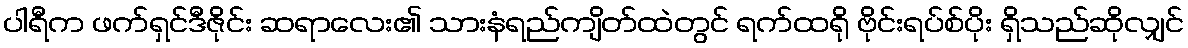
ပါရီက ဖက်ရှင်ဒီဇိုင်း ဆရာလေး၏ သားနံရည်ကျိတ်ထဲတွင် ရက်ထရို ဗိုင်းရပ်စ်ပိုး ရှိသည်ဆိုလျှင်